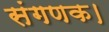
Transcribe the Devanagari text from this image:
संगणक।